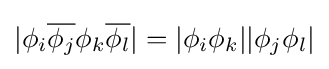
|\phi _{i}{\overline {\phi _{j}}}\phi _{k}{\overline {\phi _{l}}}|=|\phi _{i}\phi _{k}||\phi _{j}\phi _{l}|